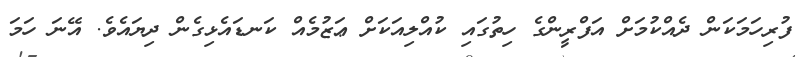
ފުރިހަމަކަން ދެއްކުމަށް އަފްރީންގެ ހިތުގައި ކުއްލިއަކަށް ޢަޒުމެއް ކަނޑައެޅިގެން ދިޔައެވެ. އޭނަ ހަމަ